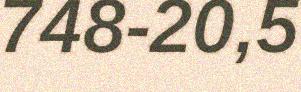
748-20,5